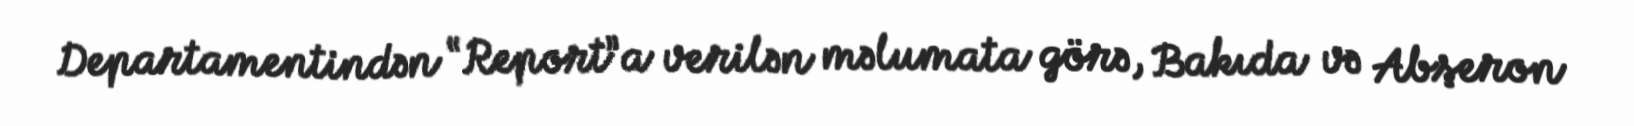
Departamentindən “Report”a verilən məlumata görə, Bakıda və Abşeron